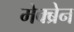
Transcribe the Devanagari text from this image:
मेक्ब्रेन